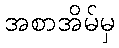
အစာအိမ်မှ